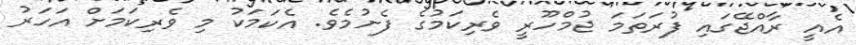
އެއީ ރާއްޖޭގައި ފުރަތަމަ ޖުމްހޫރީ ވެރިކަމުގެ ފެށުމެވެ. އެކަމަކު މި ވެރިކަމަށް އަހަރު